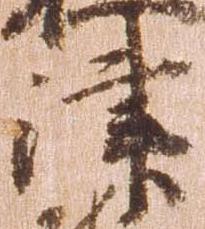
津